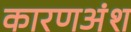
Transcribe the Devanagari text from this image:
कारणअंश